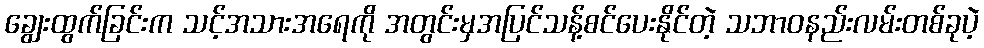
ချွေးထွက်ခြင်းက သင့်အသားအရေကို အတွင်းမှအပြင်သန့်စင်ပေးနိုင်တဲ့ သဘာဝနည်းလမ်းတစ်ခုပဲ့